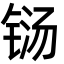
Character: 铴